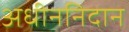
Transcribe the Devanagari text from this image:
अधीननिदान